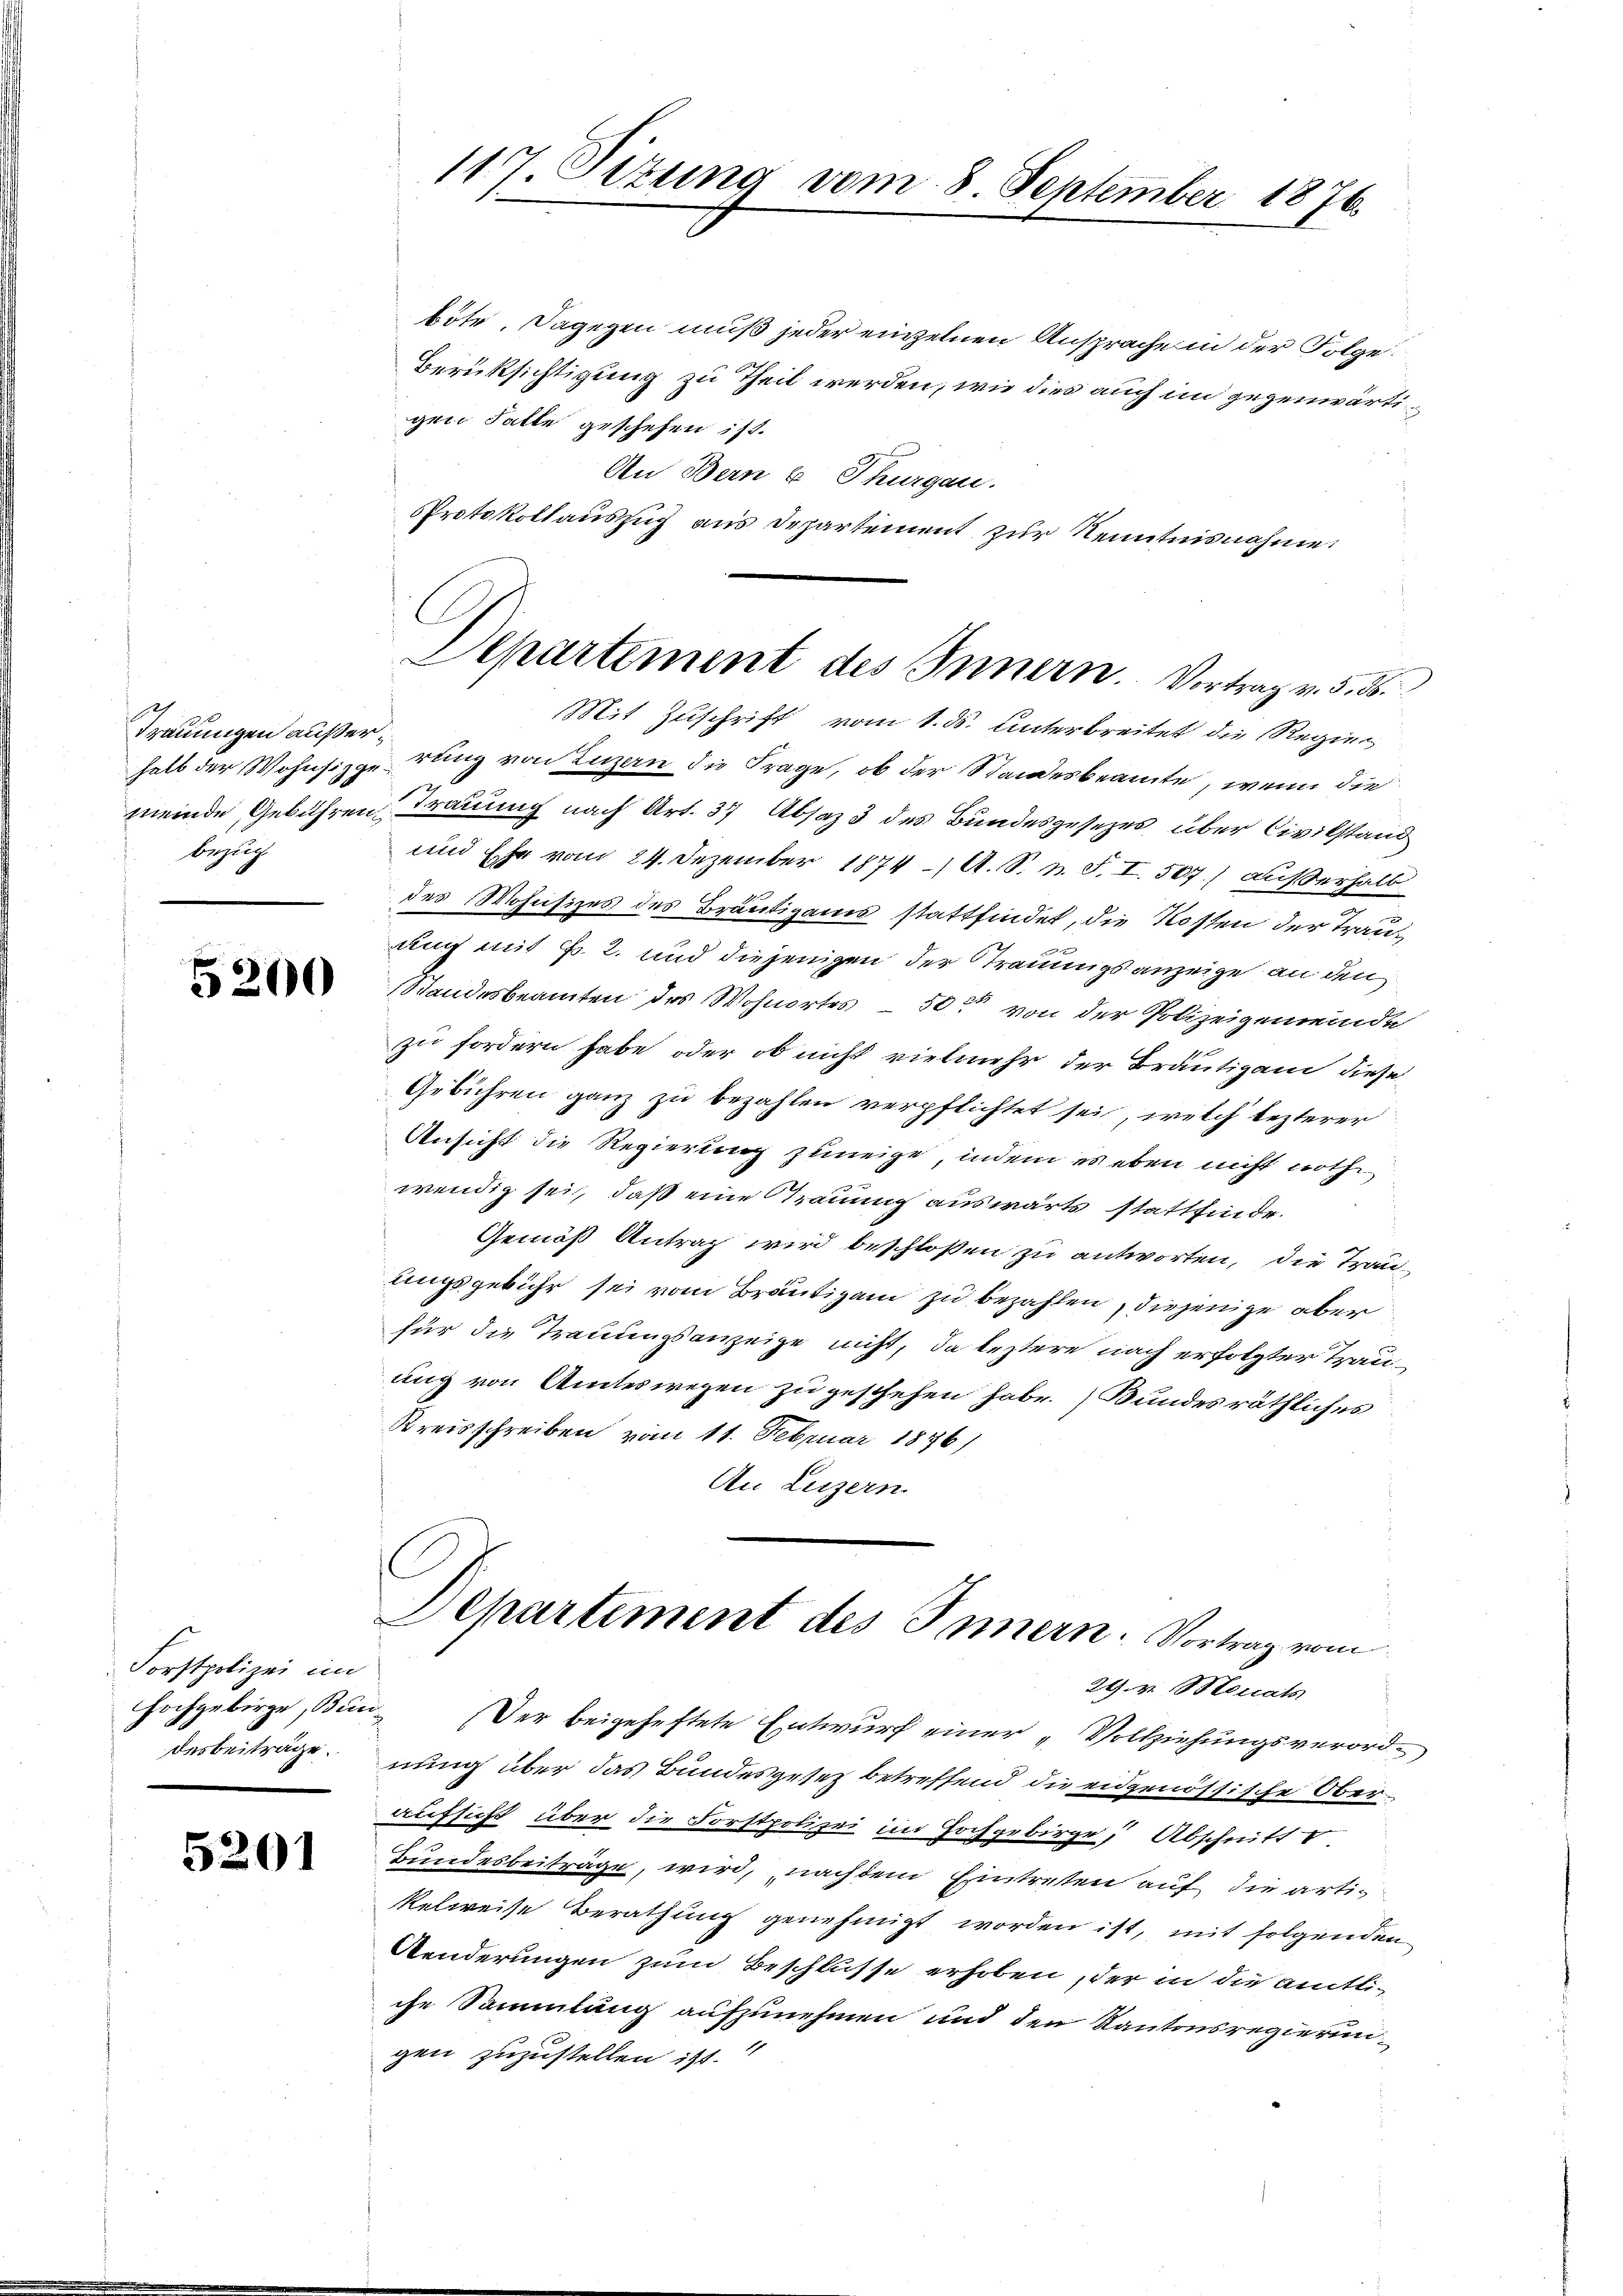
Trauungen außerbezug

5200

Forstpolizei im
Hochgebirge, Bur
desbeiträge.

5201

böte. Dagegen muß jeder einzelnen Ansprache in der Folge.
Berüksichtigung zu Theil werden, wie dies auch im gegenwärtigen Falle geschehen ist.
An Bern u. Thurgau.
Protokollauszug aus Departement zur Kenntnisnahme:

117. Situng vom 8. September 1876.

E
Departement des Innern. Vortrag v. 5. 55.

Mit Zuschrift vom 1. ds. Unterbreitet die Regiehalb der Wohnsizgerung von Luzern die Frage, ob der Standesbeamte, wenn die
meinde Gebühren Trauung nach Art. 37 Absaz 3 des Bundesgesezes über Civilstand
und Ehe vom 24. Dezember 1874 A. S. n. F. I. 507.) außerhalb
des Mohnsizes des Bräutigams stattfindet, die Kosten der Trauauch mit Fr. 2. und diejenigen der Traumigs anzeige an den
Standesbeamten des Wohnortes – 50 von der Polizeigemeinde
zu fordern habe, oder ob nicht vielmehr der Bräutigam diese
Gebühren ganz zu bezahlen verpflichtet sei, welch lezterer
Ansicht die Regierung zuneige, indem es eben nicht noth
wendig sei, daß eine Straumig auswärts stattfinde.
Gemäß Antrag wird beschloßen zu antworten, die Trauungsgebühr sei vom Bräutigam zu bezahlen, diejenige aber
für die Trauungsanzeige nicht, da leztere nach erfolgter Trauung von Amteswegen zu geschehen habe. Bundesräthliches
Kreisschreiben vom 11. Februar 1876)
An Luzern.

Departement des Innern. Vortrag vom

29. v. Monats
i
Der beigeheftete Entwurf einer „Vollziehungsverordnung über das Bundesgesez betreffend die eidgenössische Oberaufsicht über die Forstpolizei im Hochgebirge, Abschnitt
Bundesbeiträge, wird, nachdem Eintreten auf die artikelweise Berathung genehmigt worden ist, mit folgenden
Aenderungen zum Beschlusse erhoben, der in die amtliche Sammlung aufzunehmen und den Kantonsregierungen zuzustellen ist.